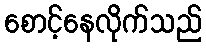
စောင့်နေလိုက်သည်